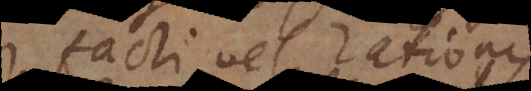
facti vel rationis,